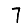
Digit: 7